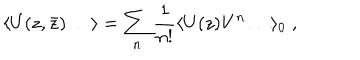
LaTeX: \langle U ( z , \bar { z } ) \ldots \rangle = \sum _ { n } { \frac { 1 } { n ! } } \langle U ( z ) V ^ { n } \ldots \rangle _ { 0 } \; ,